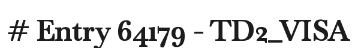
# Entry 64179 - TD2_VISA